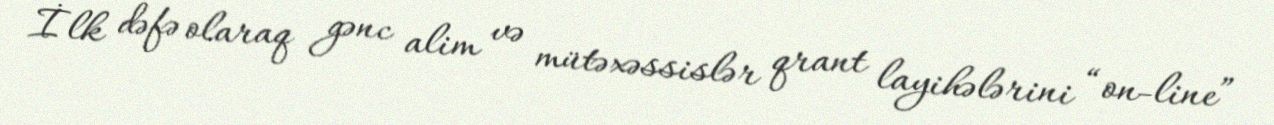
İlk dəfə olaraq gənc alim və mütəxəssislər qrant layihələrini “on-line”